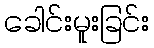
ခေါင်းမူးခြင်း